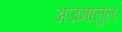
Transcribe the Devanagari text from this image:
अजमालुल